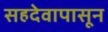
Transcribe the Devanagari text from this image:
सहदेवापासून